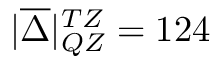
| \overline { { \Delta } } | _ { Q Z } ^ { T Z } = 1 2 4